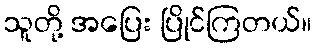
သူတို့ အပြေး ပြိုင်ကြတယ်။